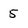
Character: 5